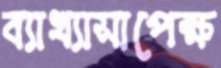
ব্যাখ্যাসাপেক্ষ